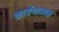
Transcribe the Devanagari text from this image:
कार्येपालक